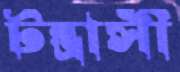
টন্ত্রাসী